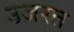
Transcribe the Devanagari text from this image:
उजरत